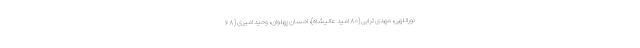
نوراللهی، مهدی ترابی (۸۰ امید عالیشاه)، احسان پهلوان، وحید امیری (۶۸